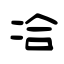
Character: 冾